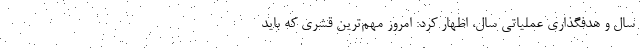
سال و هدفگذاری عملیاتی سال، اظهار کرد: امروز مهم‌ترین قشری که باید